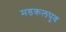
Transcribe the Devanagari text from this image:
मडकलपुव